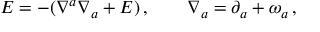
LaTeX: E = - ( \nabla ^ { a } \nabla _ { a } + E ) \, , \qquad \nabla _ { a } = \partial _ { a } + \omega _ { a } \, ,